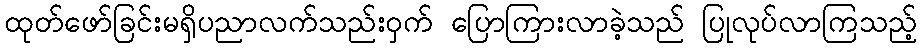
ထုတ်ဖော်ခြင်းမရှိပညာလက်သည်းဝှက် ပြောကြားလာခဲ့သည် ပြုလုပ်လာကြသည့်